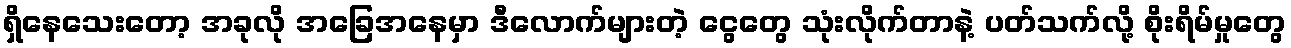
ရှိနေသေးတော့ အခုလို အခြေအနေမှာ ဒီလောက်များတဲ့ ငွေတွေ သုံးလိုက်တာနဲ့ ပတ်သက်လို့ စိုးရိမ်မှုတွေ